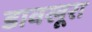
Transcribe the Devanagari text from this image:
डावखूरा